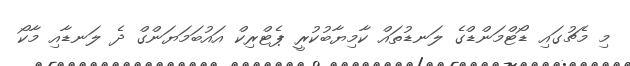
މި މެޗުގައި ޑޯޓްމަންޑްގެ ލަނޑުތައް ކާމިޔާބުކުރީ ޕެޓްރިކް އައުބަމަޔަންގް ދެ ލަނޑާއި މާކޯ